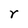
Character: r